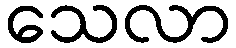
သေလာ